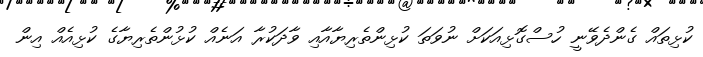
ކުޅިތައް ގެންދެވޭނީ ހުސްގޮޅިއަކަށް ނުވަތަ ކުޅިންތެރިޔާއާއި ވާދަކުރާ އަނެއް ކުޅުންތެރިޔާގެ ކުޅިއެއް އިން